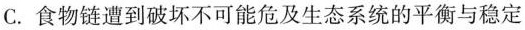
C.食物链遭到破坏不可能危及生态系统的平衡与稳定